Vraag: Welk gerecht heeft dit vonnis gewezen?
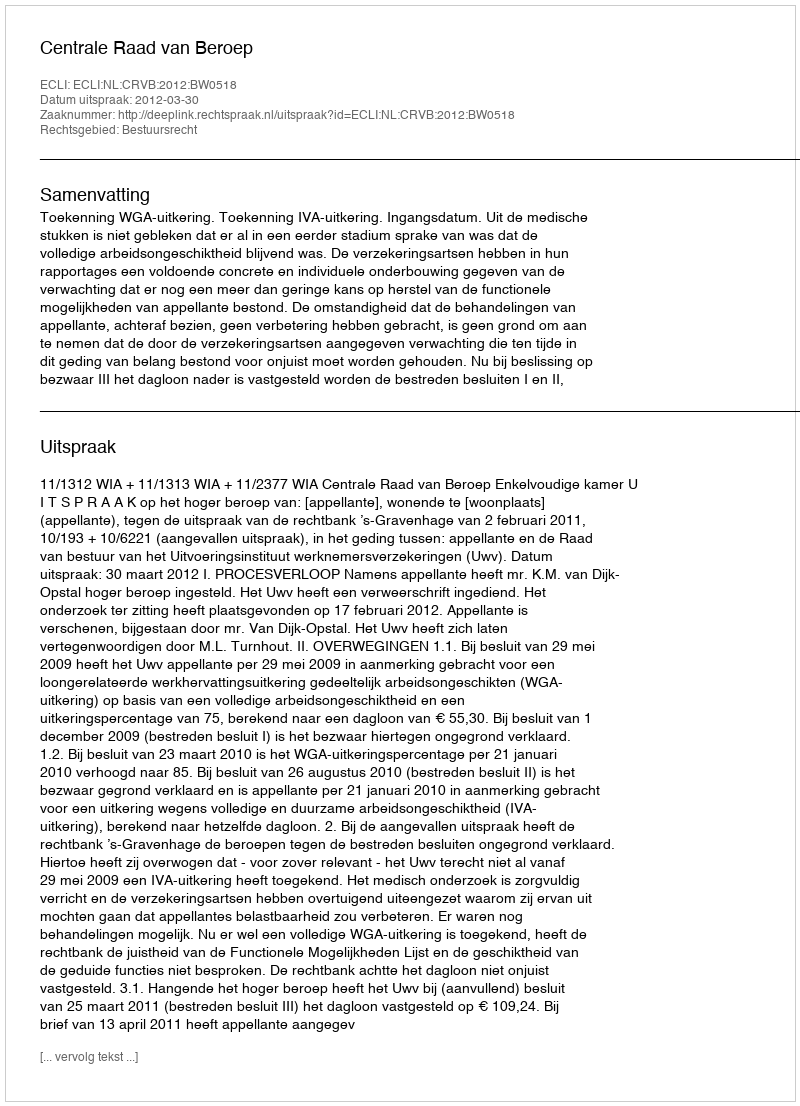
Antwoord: Centrale Raad van Beroep